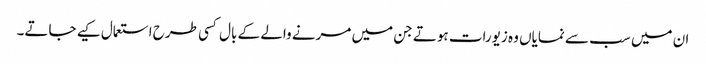
ان میں سب سے نمایاں وہ زیورات ہوتے جن میں مرنے والے کے بال کسی طرح استعمال کیے جاتے۔